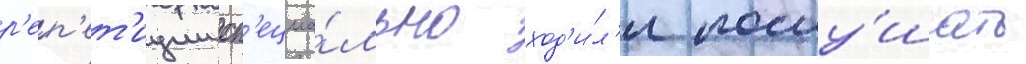
р'еп'ет'иции сп'ециа́льно ход'и́л'и послу́шать